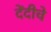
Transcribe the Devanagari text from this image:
देंदीचे